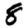
Digit: 8